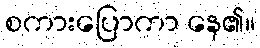
စကားပြောကာ နေ၏။